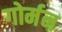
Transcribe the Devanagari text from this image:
गोर्मन